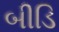
બીડિ